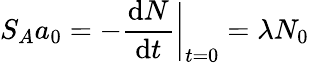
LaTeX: S_{A}a_{0}=-{\frac{\mathrm{d}N}{\mathrm{d}t}}{\bigg|}_{t=0}=\lambda N_{0}